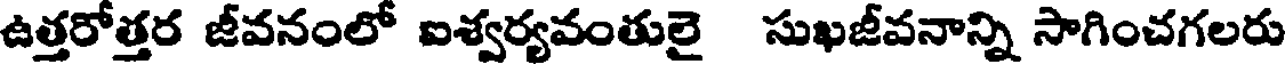
ఉత్తరోత్తర జీవనంలో ఐశ్వర్యవంతులై సుఖజీవనాన్ని సాగించగలరు